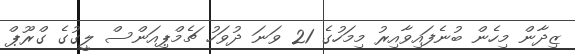
ޒިދާން މިހެން ބުނެފައިވާއިރު މިމަހުގެ 21 ވަނަ ދުވަހު ޗެމްޕިއަންސް ލީގުގެ ގްރޫޕް